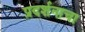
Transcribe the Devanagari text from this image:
प्रदर्शनाचा